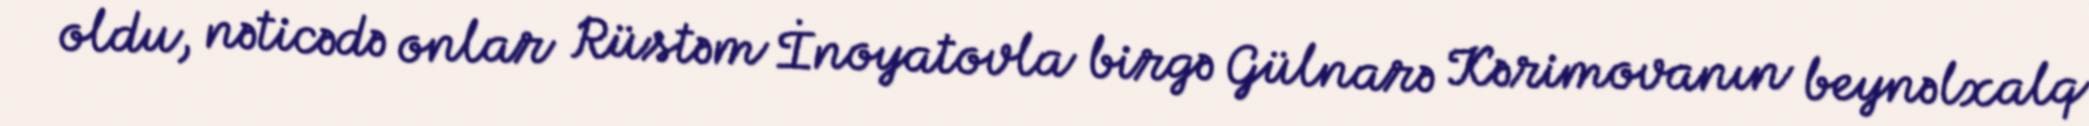
oldu, nəticədə onlar Rüstəm İnoyatovla birgə Gülnarə Kərimovanın beynəlxalq